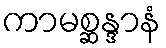
ကာမစ္ဆန္ဒာနံ